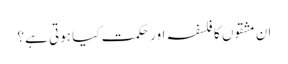
ان مشقوں کا فلسفہ اور حکمت کیا ہوتی ہے؟